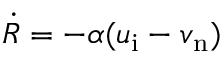
\dot { R } = - \alpha ( u _ { \mathrm { i } } - v _ { \mathrm { n } } )